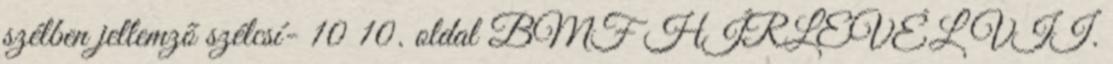
szélben jellemzõ szélcsí- 10 10. oldal BMF HÍRLEVÉL VII.